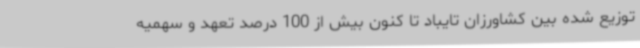
توزیع شده بین کشاورزان تایباد تا کنون بیش از 100 درصد تعهد و سهمیه